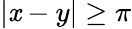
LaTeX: |\mathit{x}-y|\ge\pi